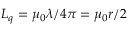
L _ { q } = \mu _ { 0 } \lambda / 4 \pi = \mu _ { 0 } r / 2